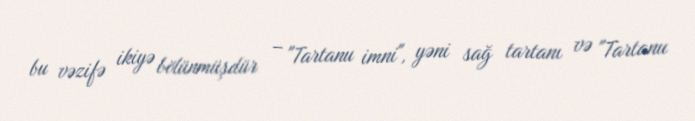
bu vəzifə ikiyə bölünmüşdür – "Tartanu imni", yəni sağ tartanı və "Tartanu